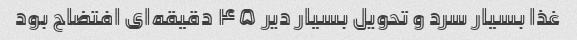
غذا بسیار سرد و تحویل بسیار دیر ۴۵ دقیقه‌ای افتضاح بود